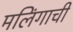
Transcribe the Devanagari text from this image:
मलिंगाची